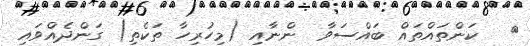
٤   ކަންތައްތައް ބައްސަވާ  ންނާއި (މިހުރިހާ ތަކެތި) ގަންދެއްވައި